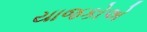
યાજકોએ